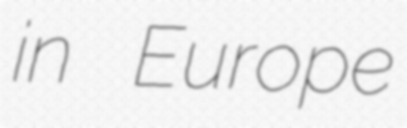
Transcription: in Europe